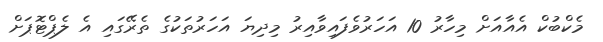
މެކްބުކް އެއާއަށް މިހާރު 10 އަހަރުވެފައިވާއިރު މިދިޔަ އަހަރުތަކުގެ ތެރޭގައި އެ ލެޕްޓޮޕަށް